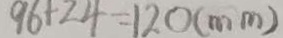
9 6 + 2 4 = 1 2 0 ( m m )